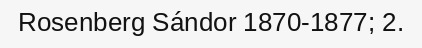
Rosenberg Sándor 1870-1877; 2.